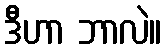
ဒီဟာ ဘာလဲ။